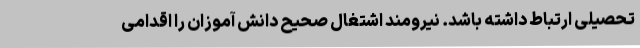
تحصیلی ارتباط داشته باشد. نیرومند اشتغال صحیح دانش آموزان را اقدامی